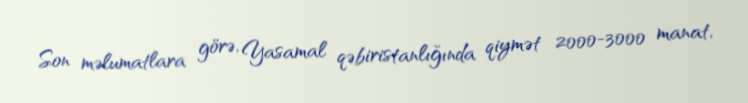
Son məlumatlara görə, Yasamal qəbiristanlığında qiymət 2000-3000 manat,